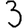
Digit: 3